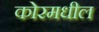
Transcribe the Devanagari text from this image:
कोरमधील